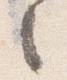
之